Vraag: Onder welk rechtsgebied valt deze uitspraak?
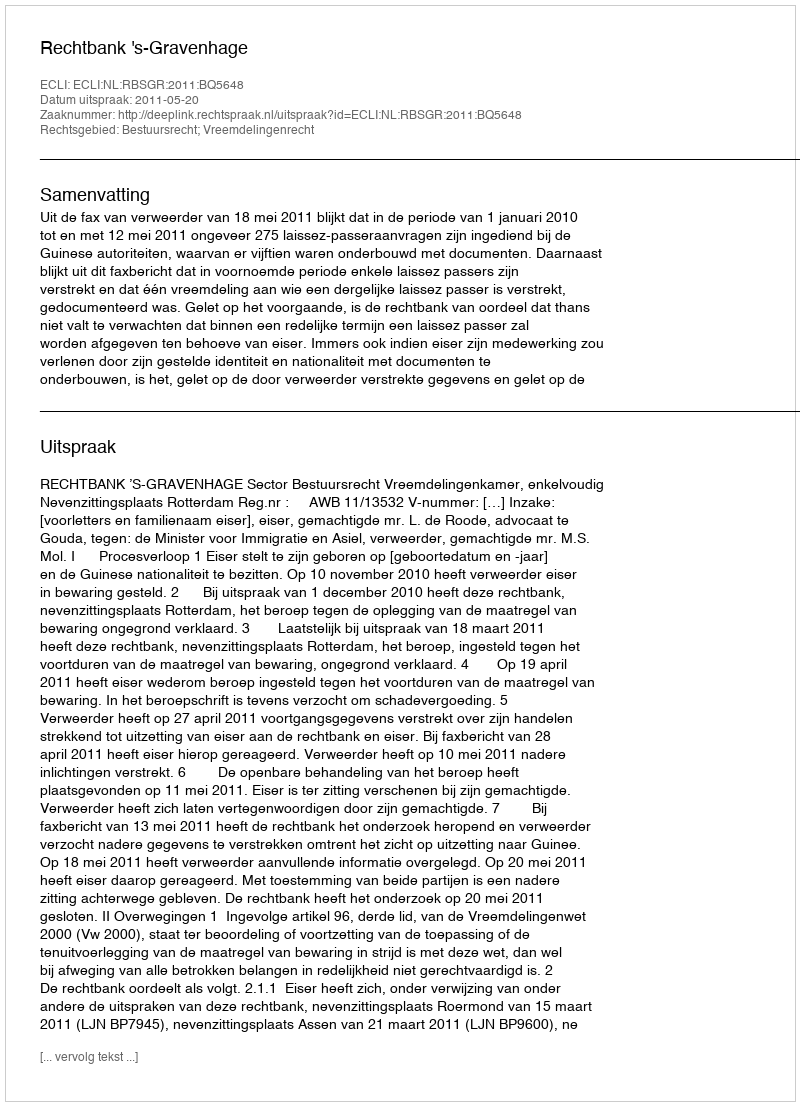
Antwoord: Bestuursrecht; Vreemdelingenrecht